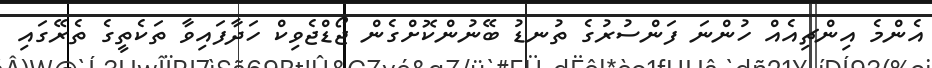
އެންމެ އިންޗިއެއް ހުންނަ ފަންސުރުގެ ތުނޑު ބޭނުންކޮށްގެން ޖޯޑްޖެވިކް ހަދާފައިވާ ތަކެތީގެ ތެރޭގައި